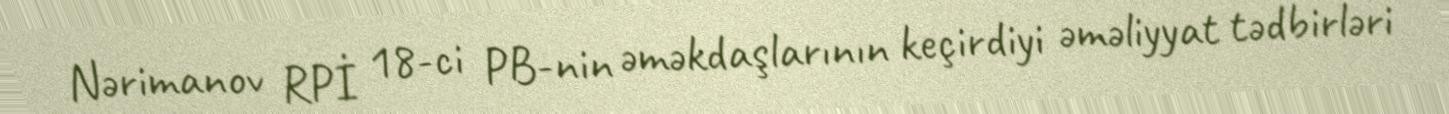
Nərimanov RPİ 18-ci PB-nin əməkdaşlarının keçirdiyi əməliyyat tədbirləri